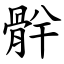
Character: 䯎